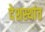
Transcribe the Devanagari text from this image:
देशस्थांत